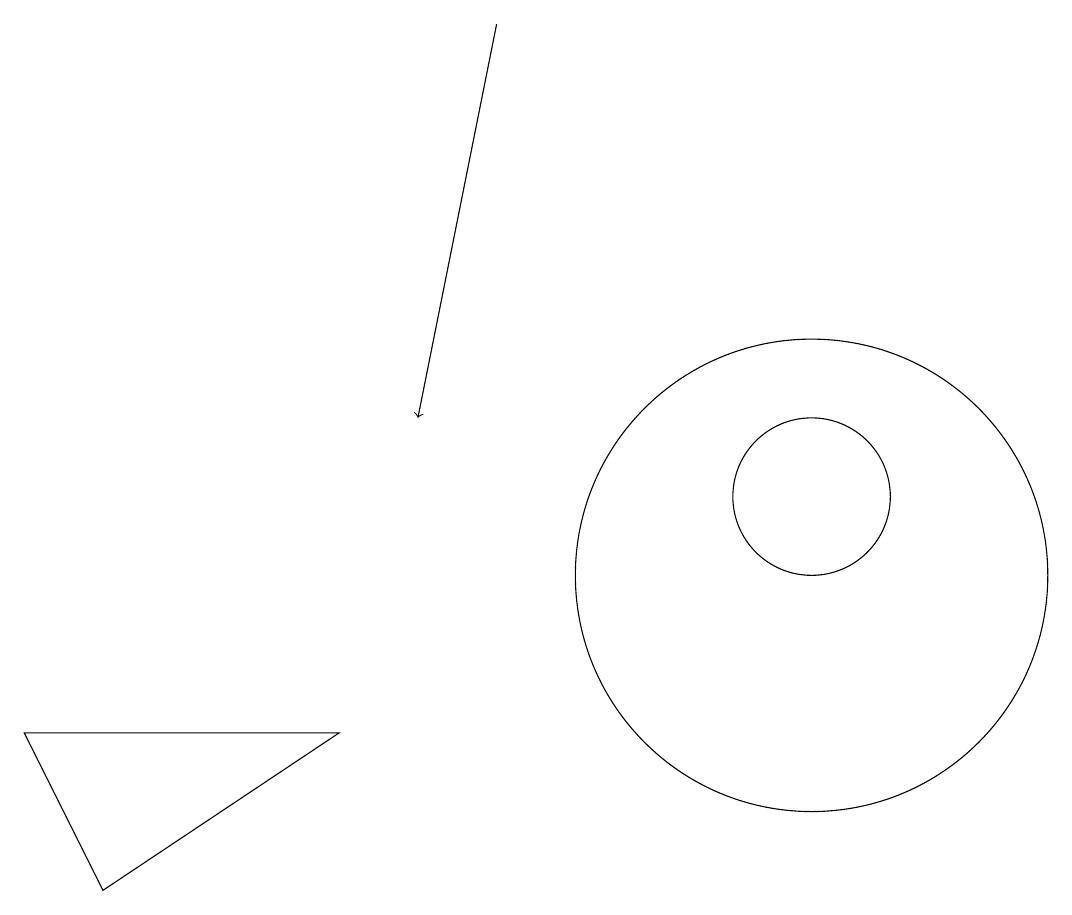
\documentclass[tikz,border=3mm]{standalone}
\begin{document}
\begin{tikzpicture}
\draw[->] (6,17) -- (5,12);
\draw (10,11) circle (1);
\draw (10,10) circle (3);
\draw (0,8) -- (4,8) -- (1,6) -- cycle;
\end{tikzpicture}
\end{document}